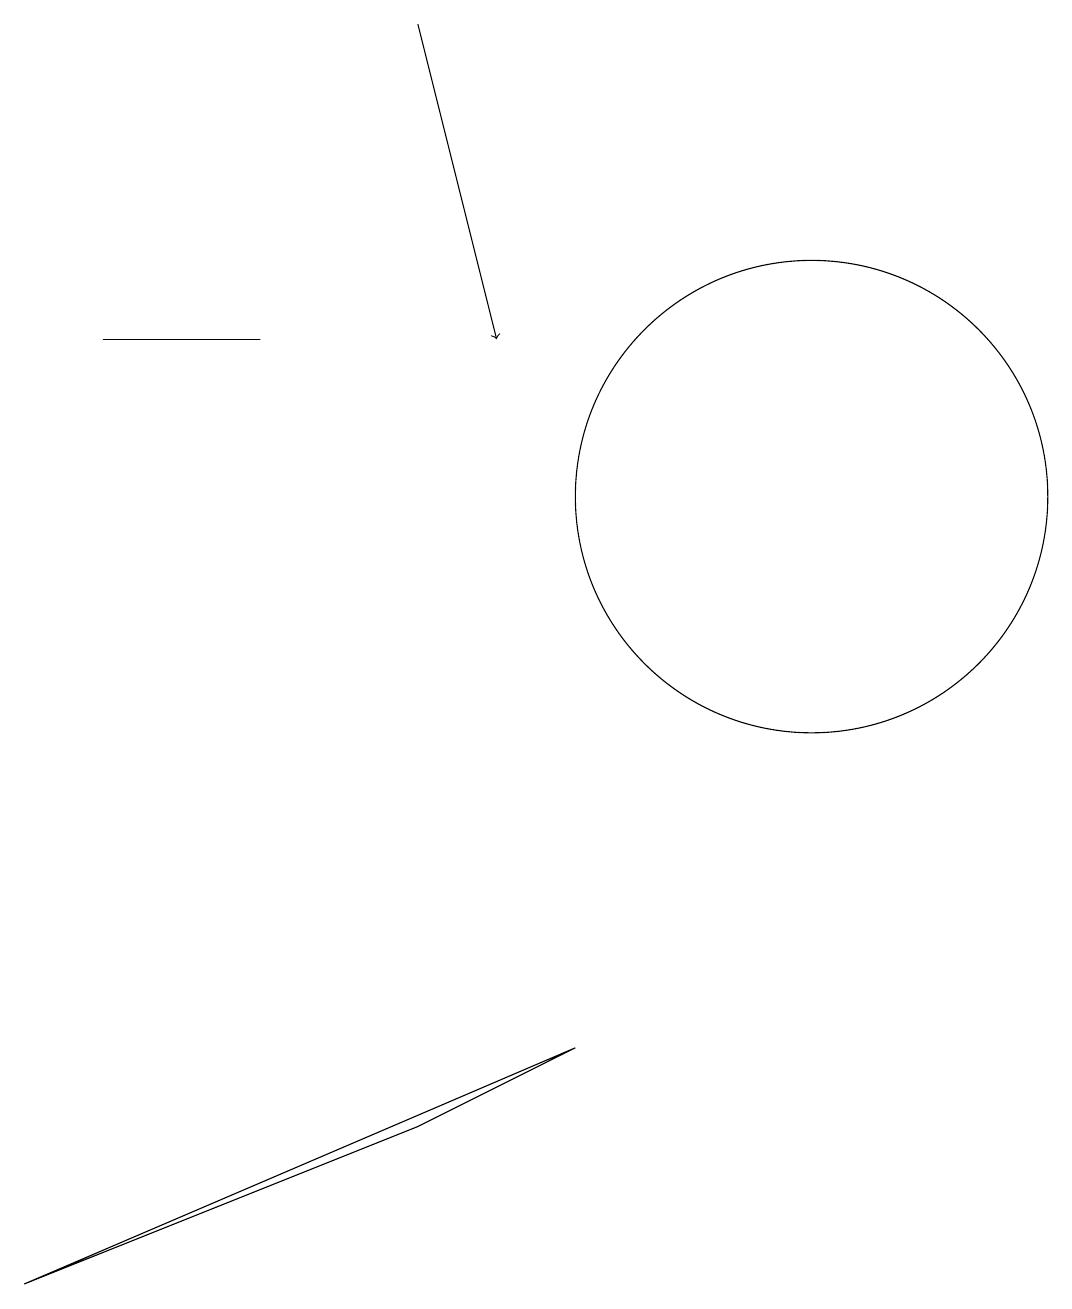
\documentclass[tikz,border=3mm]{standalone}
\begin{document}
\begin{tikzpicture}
\draw (1,12) rectangle (3,12);
\draw (11,10) circle (0);
\draw[->] (5,16) -- (6,12);
\draw (0,0) -- (7,3) -- (5,2) -- cycle;
\draw (10,10) circle (3);
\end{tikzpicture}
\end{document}